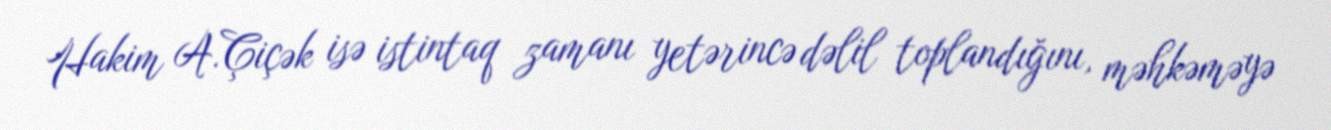
Hakim A.Çiçək isə istintaq zamanı yetərincə dəlil toplandığını, məhkəməyə